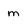
Character: m